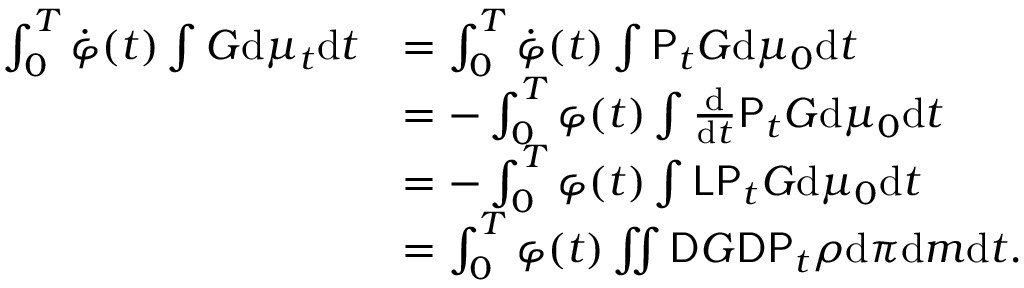
\begin{array} { r l } { \int _ { 0 } ^ { T } \dot { \varphi } ( t ) \int G \mathrm { d } \mu _ { t } \mathrm { d } t } & { = \int _ { 0 } ^ { T } \dot { \varphi } ( t ) \int \mathsf { P } _ { t } G \mathrm { d } \mu _ { 0 } \mathrm { d } t } \\ & { = - \int _ { 0 } ^ { T } \varphi ( t ) \int \frac { \mathrm { d } } { \mathrm { d } t } \mathsf { P } _ { t } G \mathrm { d } \mu _ { 0 } \mathrm { d } t } \\ & { = - \int _ { 0 } ^ { T } \varphi ( t ) \int \mathsf { L } \mathsf { P } _ { t } G \mathrm { d } \mu _ { 0 } \mathrm { d } t } \\ & { = \int _ { 0 } ^ { T } \varphi ( t ) \iint \mathsf { D } G \mathsf { D } \mathsf { P } _ { t } \rho \mathrm { d } \pi \mathrm { d } m \mathrm { d } t . } \end{array}